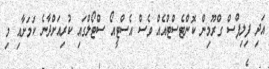
އަދި ފިލިޕްސް ގްރޫމިން ކޮންޓެސްޓްއެއް ވެސް އެސްޓީއޯ ސްޓޯލްގައި ކުރިއަށްދާނެ ކަމަށާއި މި